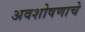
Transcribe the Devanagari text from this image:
अवशोषणाचे